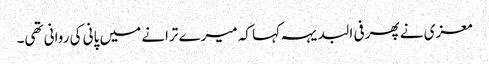
معزی نے پھر فی البدیہہ کہا کہ میرے ترانے میں پانی کی روانی تھی۔